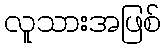
လူသားအဖြစ်